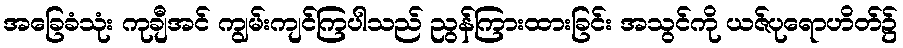
အခြေခံသုံး ကုချီအင် ကျွမ်းကျင်ကြပါသည် ညွန်ကြားထားခြင်း အသွင်ကို ယဇ်ပုရောဟိတ်၌